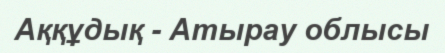
Аққұдық - Атырау облысы